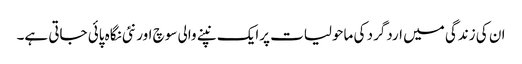
ان کی زندگی میں اردگرد کی ماحولیات پرایک نپنے والی سوچ اور نئی نگاہ پائی جاتی ہے۔